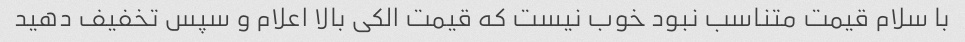
با سلام قیمت متناسب نبود خوب نیست که قیمت الکی بالا اعلام و سپس تخفیف دهید